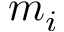
m _ { i }